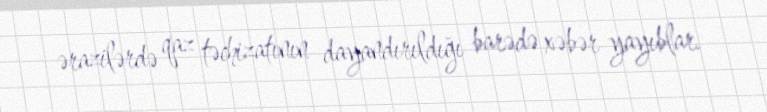
ərazilərdə qaz təchizatının dayandırıldığı barədə xəbər yayıblar.